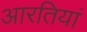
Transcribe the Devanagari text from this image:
आरतियां